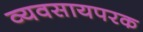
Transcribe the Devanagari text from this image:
व्यवसायपरक